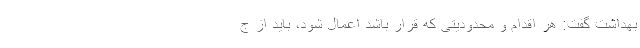
بهداشت گفت: هر اقدام و محدودیتی که قرار باشد اعمال شود، باید از ج